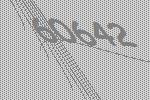
60642